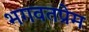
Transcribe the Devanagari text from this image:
भगवतप्रेम